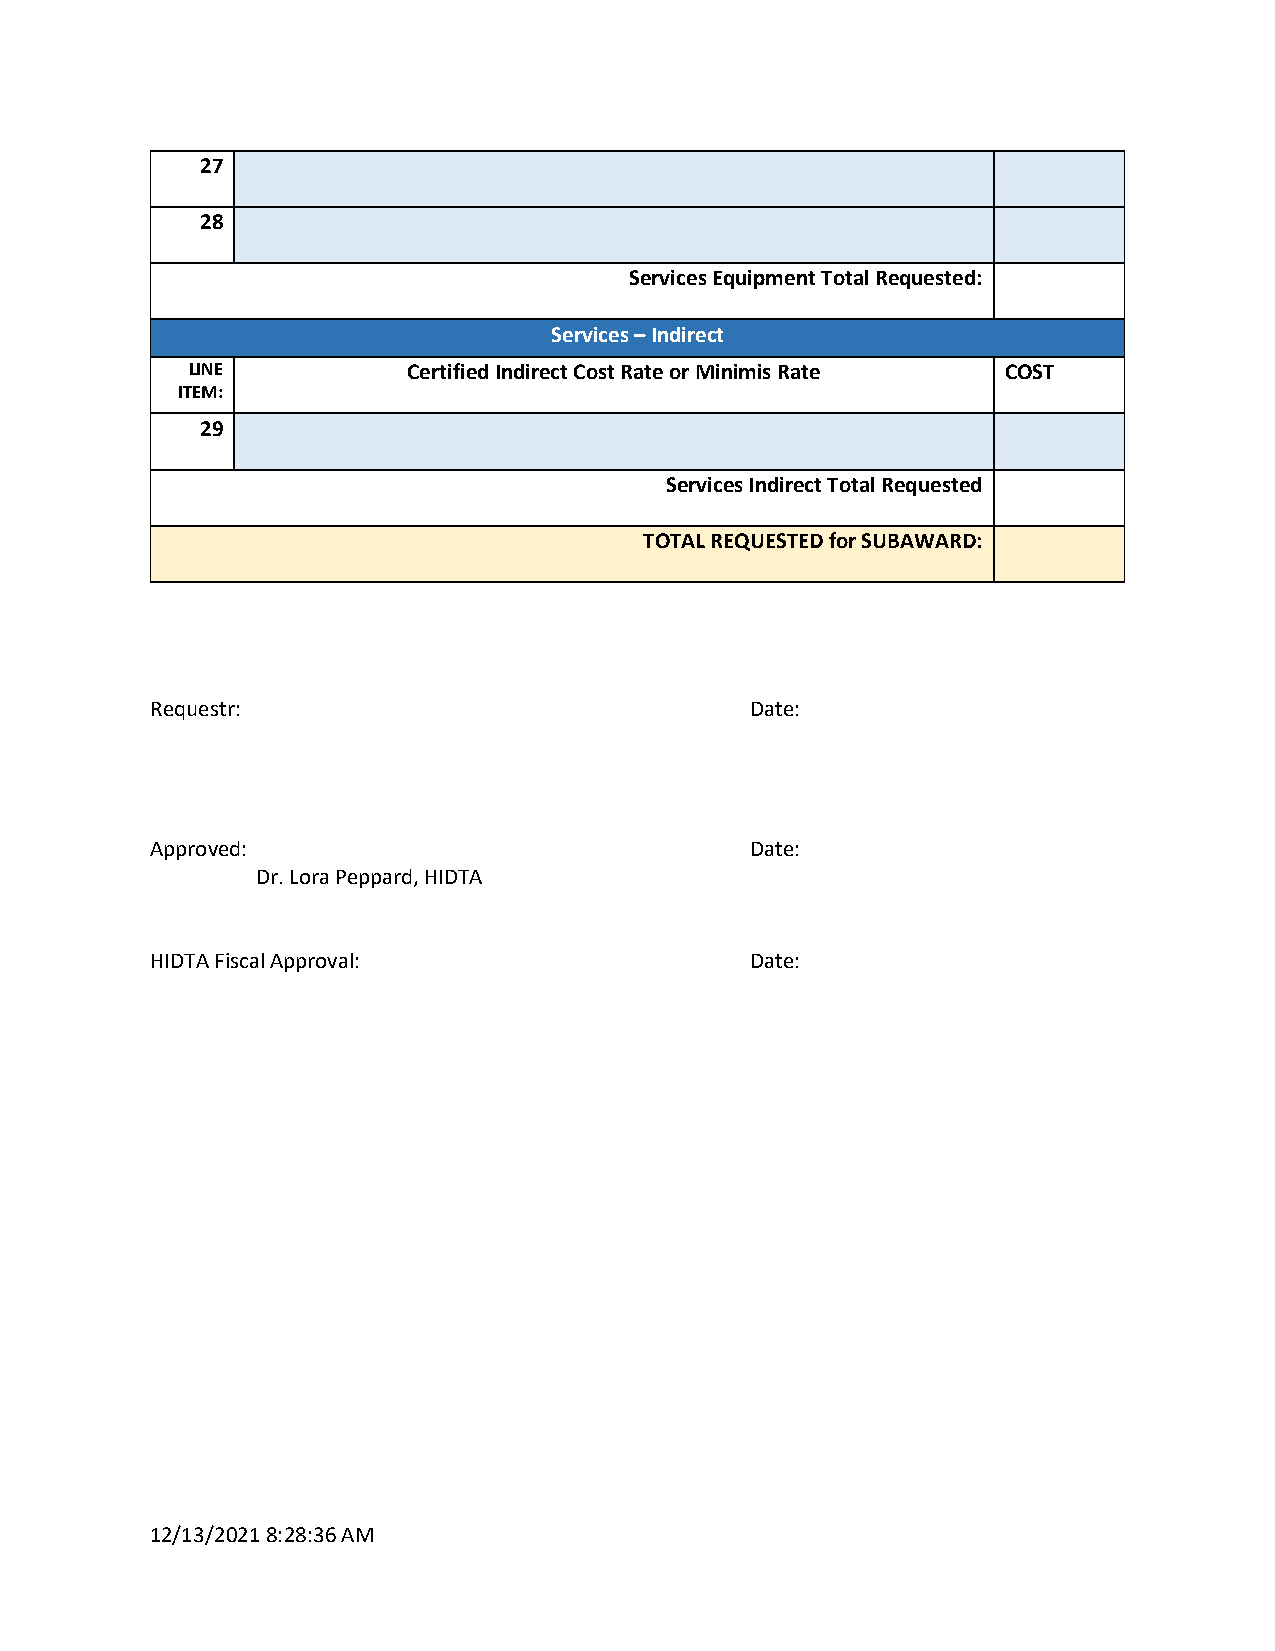
27
 28
 Services Equipment Total Requested:
 Services – Indirect
 LINE           Certified Indirect Cost Rate or Minimis Rate COST
 ITEM:
 29
 Services Indirect Total Requested
 TOTAL REQUESTED for SUBAWARD:
 Requestr:                               Date:
 Approved:                               Date:
 Dr. Lora Peppard, HIDTA
 HIDTA Fiscal Approval:                  Date:
 12/13/2021 8:28:36 AM